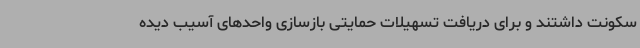
سکونت داشتند و برای دریافت تسهیلات حمایتی بازسازی واحدهای آسیب دیده